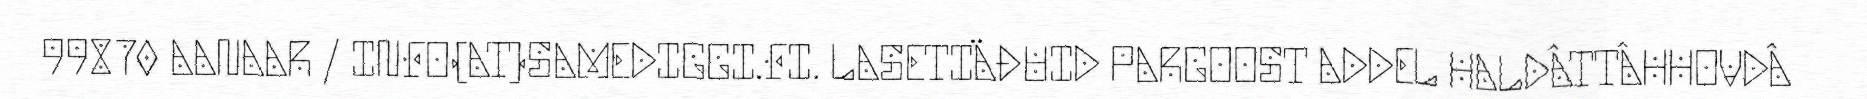
99870 AANAAR / INFO(AT)SAMEDIGGI.FI. LASETIÄĐUID PARGOOST ADDEL HALDÂTTÂHHOVDÂ